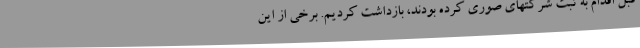
قبل اقدام به ثبت شرکتهای صوری کرده بودند، بازداشت کردیم. برخی از این